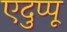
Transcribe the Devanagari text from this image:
एदुप्पू